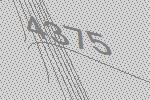
4375